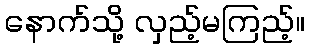
နောက်သို့ လှည့်မကြည့်။